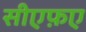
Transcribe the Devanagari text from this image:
सीएफ़ए